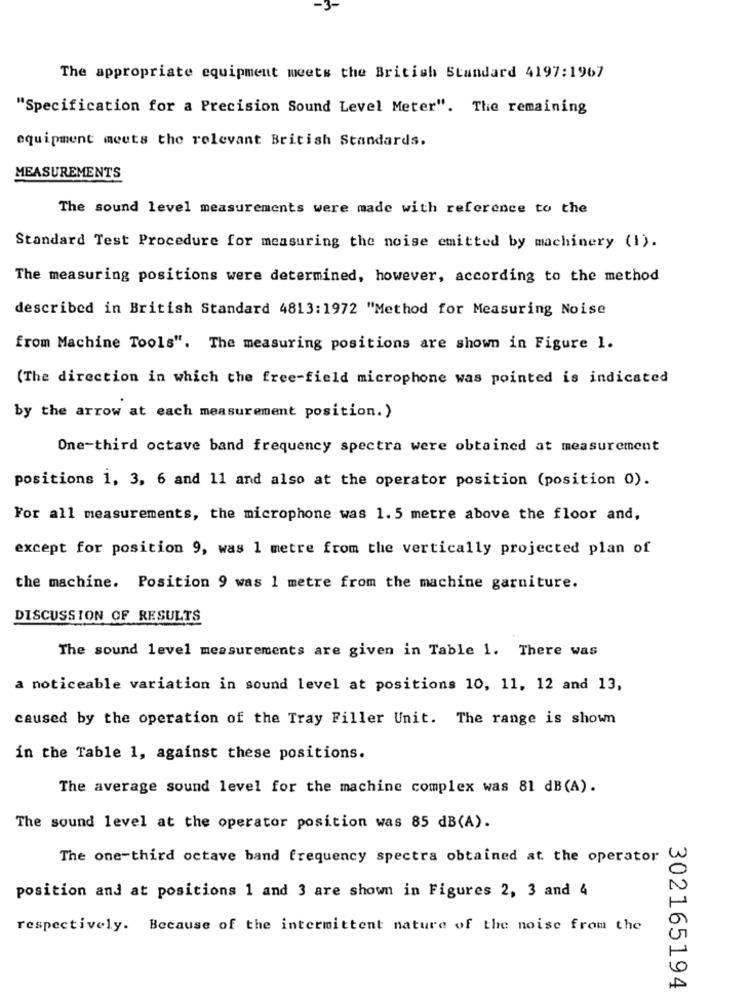
The appropriate equipment meets the British Standard 4197:1967
"Specification for a Precision Sound Level Meter". The remaining
equipment meets the relevant British Standards.
MEASUREMENTS
The sound level measurements were made with reference to the
Standard Test Procedure for measuring the noise emitted by machinery (1).
The measuring positions were determined, however, according to the method
described in British Standard 4813:1972 "Method for Measuring Noise
from Machine Tools". The measuring positions are shown in Figure 1.
(The direction in which the free-field microphone was pointed is indicated
by the arrow at each measurement position.)
One-third octave band frequency spectra were obtained at measurement
positions 1, 3, 6 and 11 and also at the operator position (position 0).
For all measurements, the microphone was 1. 5 metre above the floor and,
except for position 9, was 1 metre from the vertically projected plan of
the machine. Position 9 was 1 metre from the machine garniture.
DISCUSSION OF RESULTS
The sound level measurements are given in Table 1. There was
a noticeable variation in sound level at positions 10, 11, 12 and 13,
caused by the operation of the Tray Filler Unit. The range is shown
in the Table 1, against these positions.
The average sound level for the machine complex was 81 dB(A).
The sound level at the operator position was 85 dB(A).
The one-third octave band frequency spectra obtained at the operator W
position and at positions 1 and 3 are shown in Figures 2, 3 and 4
respectively. Because of the intermittent nature of the noise from the
302165194